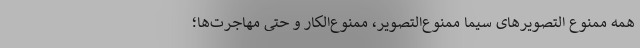
همه ممنوع‌ التصویرهای سیما ممنوع‌التصویر، ممنوع‌الکار و حتی مهاجرت‌ها؛